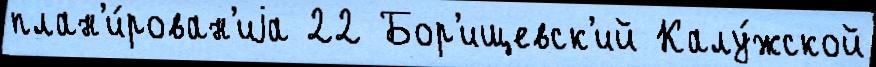
план'и́рован'иjа 22 Бор'ищевск'ий Калу́жской